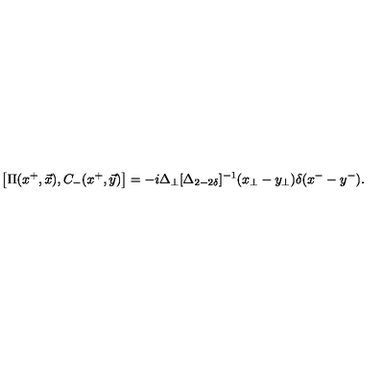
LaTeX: \left[ \Pi ( x ^ { + } , \vec { x } ) , C _ { - } ( x ^ { + } , \vec { y } ) \right] = - i \Delta _ { \perp } [ \Delta _ { 2 - 2 \delta } ] ^ { - 1 } ( x _ { \perp } - y _ { \perp } ) \delta ( { x ^ { - } } - y ^ { - } ) .